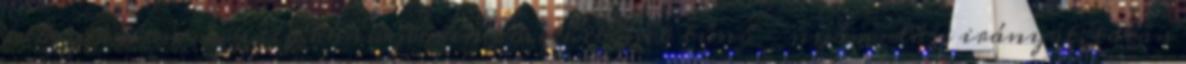
időszakában mindig könnyebben követhetőnek tűnő - nyomulási irányát, talán